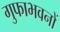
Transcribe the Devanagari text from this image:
गुफाभवनों